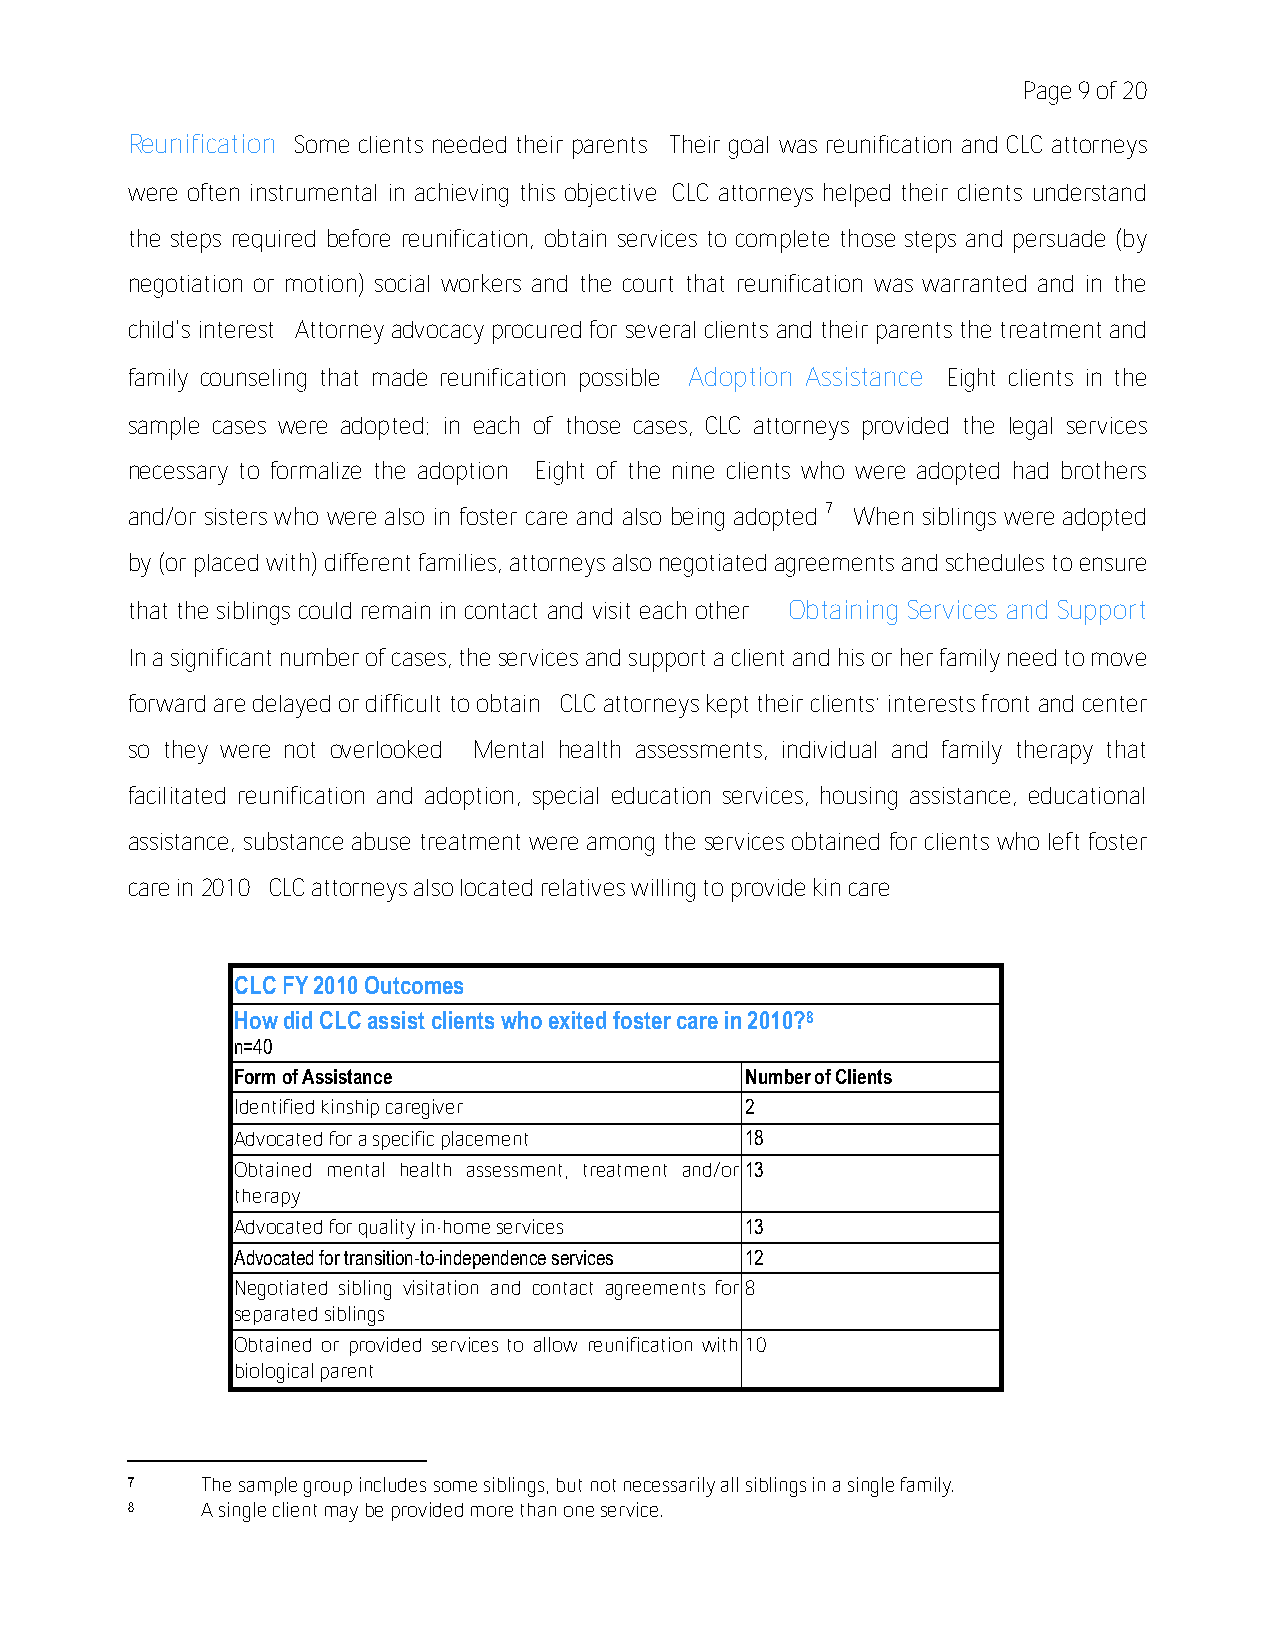
Page 9 of 20
 Reunification Some clients needed their parents. Their goal was reunification and CLC attorneys
 were often instrumental in achieving this objective. CLC attorneys helped their clients understand
 the steps required before reunification, obtain services to complete those steps and persuade (by
 negotiation or motion) social workers and the court that reunification was warranted and in the
 child's interest. Attorney advocacy procured for several clients and their parents the treatment and
 family counseling that made reunification possible. Adoption Assistance Eight clients in the
 sample cases were adopted; in each of those cases, CLC attorneys provided the legal services
 necessary to formalize the adoption. Eight of the nine clients who were adopted had brothers
 and/or sisters who were also in foster care and also being adopted.7 When siblings were adopted
 by (or placed with) different families, attorneys also negotiated agreements and schedules to ensure
 that the siblings could remain in contact and visit each other. Obtaining Services and Support
 In a significant number of cases, the services and support a client and his or her family need to move
 forward are delayed or difficult to obtain. CLC attorneys kept their clients’ interests front and center
 so they were not overlooked. Mental health assessments, individual and family therapy that
 facilitated reunification and adoption, special education services, housing assistance, educational
 assistance, substance abuse treatment were among the services obtained for clients who left foster
 care in 2010. CLC attorneys also located relatives willing to provide kin care.
 CLC FY 2010 Outcomes
 How did CLC assist clients who exited foster care in 2010?8
 n=40
 Form of Assistance                Number of Clients
 Identified kinship caregiver      2
 Advocated for a specific placement 18
 Obtained mental health assessment, treatment and/or 13
 therapy
 Advocated for quality in-home services 13
 Advocated for transition-to-independence services 12
 Negotiated sibling visitation and contact agreements for 8
 separated siblings
 Obtained or provided services to allow reunification with 10
 biological parent
 7    The sample group includes some siblings, but not necessarily all siblings in a single family.
 8    A single client may be provided more than one service.